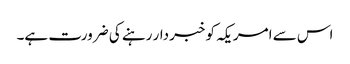
اس سے امریکہ کو خبردار رہنے کی ضرورت ہے۔